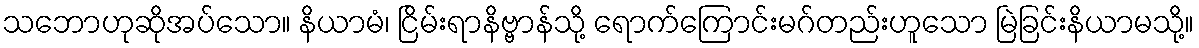
သဘောဟုဆိုအပ်သော။ နိယာမံ၊ ငြိမ်းရာနိဗ္ဗာန်သို့ ရောက်ကြောင်းမဂ်တည်းဟူသော မြဲခြင်းနိယာမသို့။